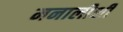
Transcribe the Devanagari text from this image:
मनालीशी